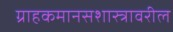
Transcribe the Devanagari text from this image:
ग्राहकमानसशास्त्रावरील